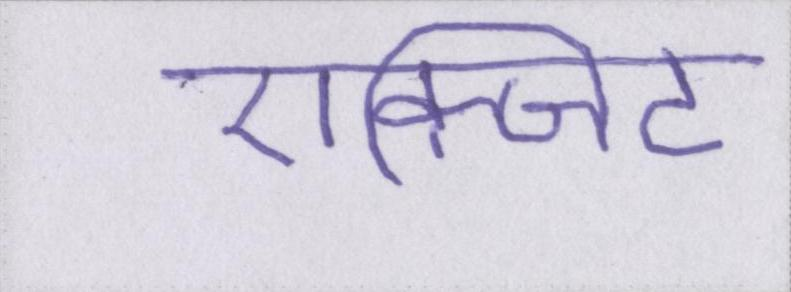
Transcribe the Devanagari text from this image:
एक्जिट